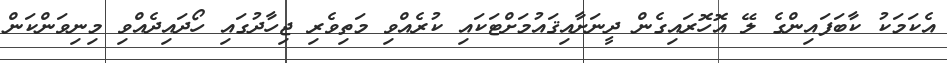
އެކަމަކު ކާބަފައިންގެ ލޭ އޮހޮރައިގެން ދީނަށާއިޤައުމަށްޓަކައި ކުރެއްވި މަތިވެރި ޖިހާދުގައި ހޯދައިދެއްވި މިނިވަންކަން